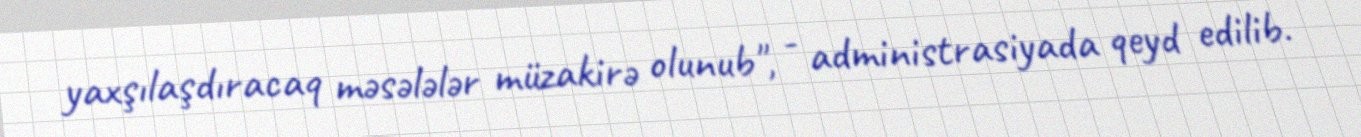
yaxşılaşdıracaq məsələlər müzakirə olunub", - administrasiyada qeyd edilib.